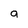
Character: a